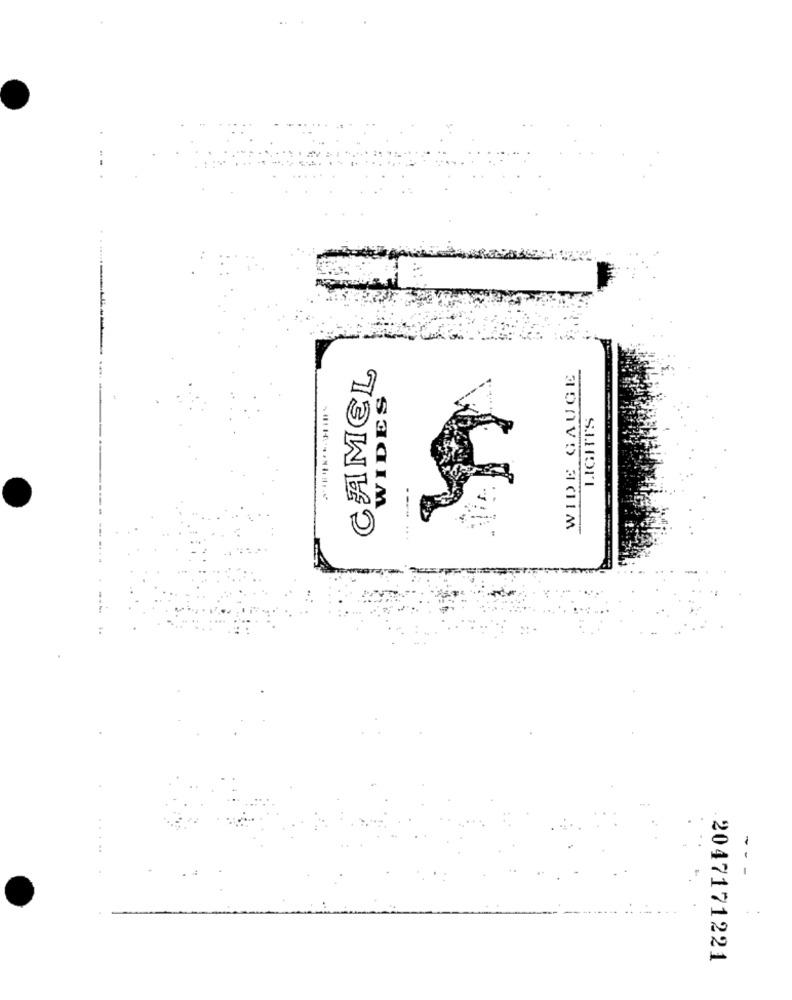
AMEL
WIDE GAUGE
WIDES
LIGHTS
55
-
2047171221